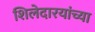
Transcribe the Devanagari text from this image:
शिलेदारयांच्या